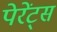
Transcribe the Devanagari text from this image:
पेरेंट्स